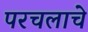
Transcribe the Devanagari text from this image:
परचलाचे